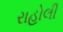
રાહોલી